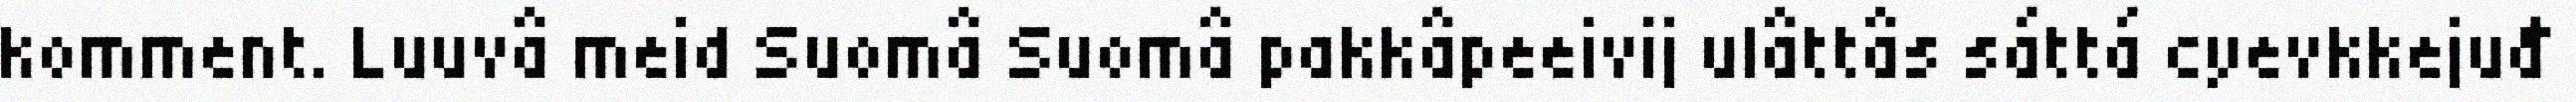
komment. Luuvâ meid Suomâ Suomâ pakkâpeeivij ulâttâs sáttá cyevkkejuđ